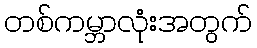
တစ်ကမ္ဘာလုံးအတွက်